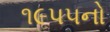
૧૯૫૫નો